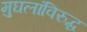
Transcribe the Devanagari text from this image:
मुघलांविरुद्ध